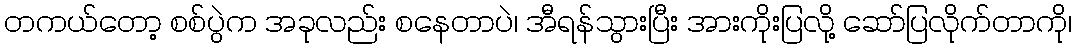
တကယ်တော့ စစ်ပွဲက အခုလည်း စနေတာပဲ၊ အီရန်သွားပြီး အားကိုးပြလို့ ဆော်ပြလိုက်တာကို၊